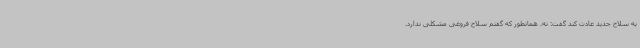
به سلاح جدید عادت کند گفت: نه. همانطور که گفتم سلاح فروغی مشکلی ندارد.